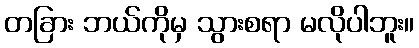
တခြား ဘယ်ကိုမှ သွားစရာ မလိုပါဘူး။